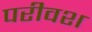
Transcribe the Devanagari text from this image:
परीवश